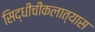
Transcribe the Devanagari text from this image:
सिद्धीचीकलात्यास